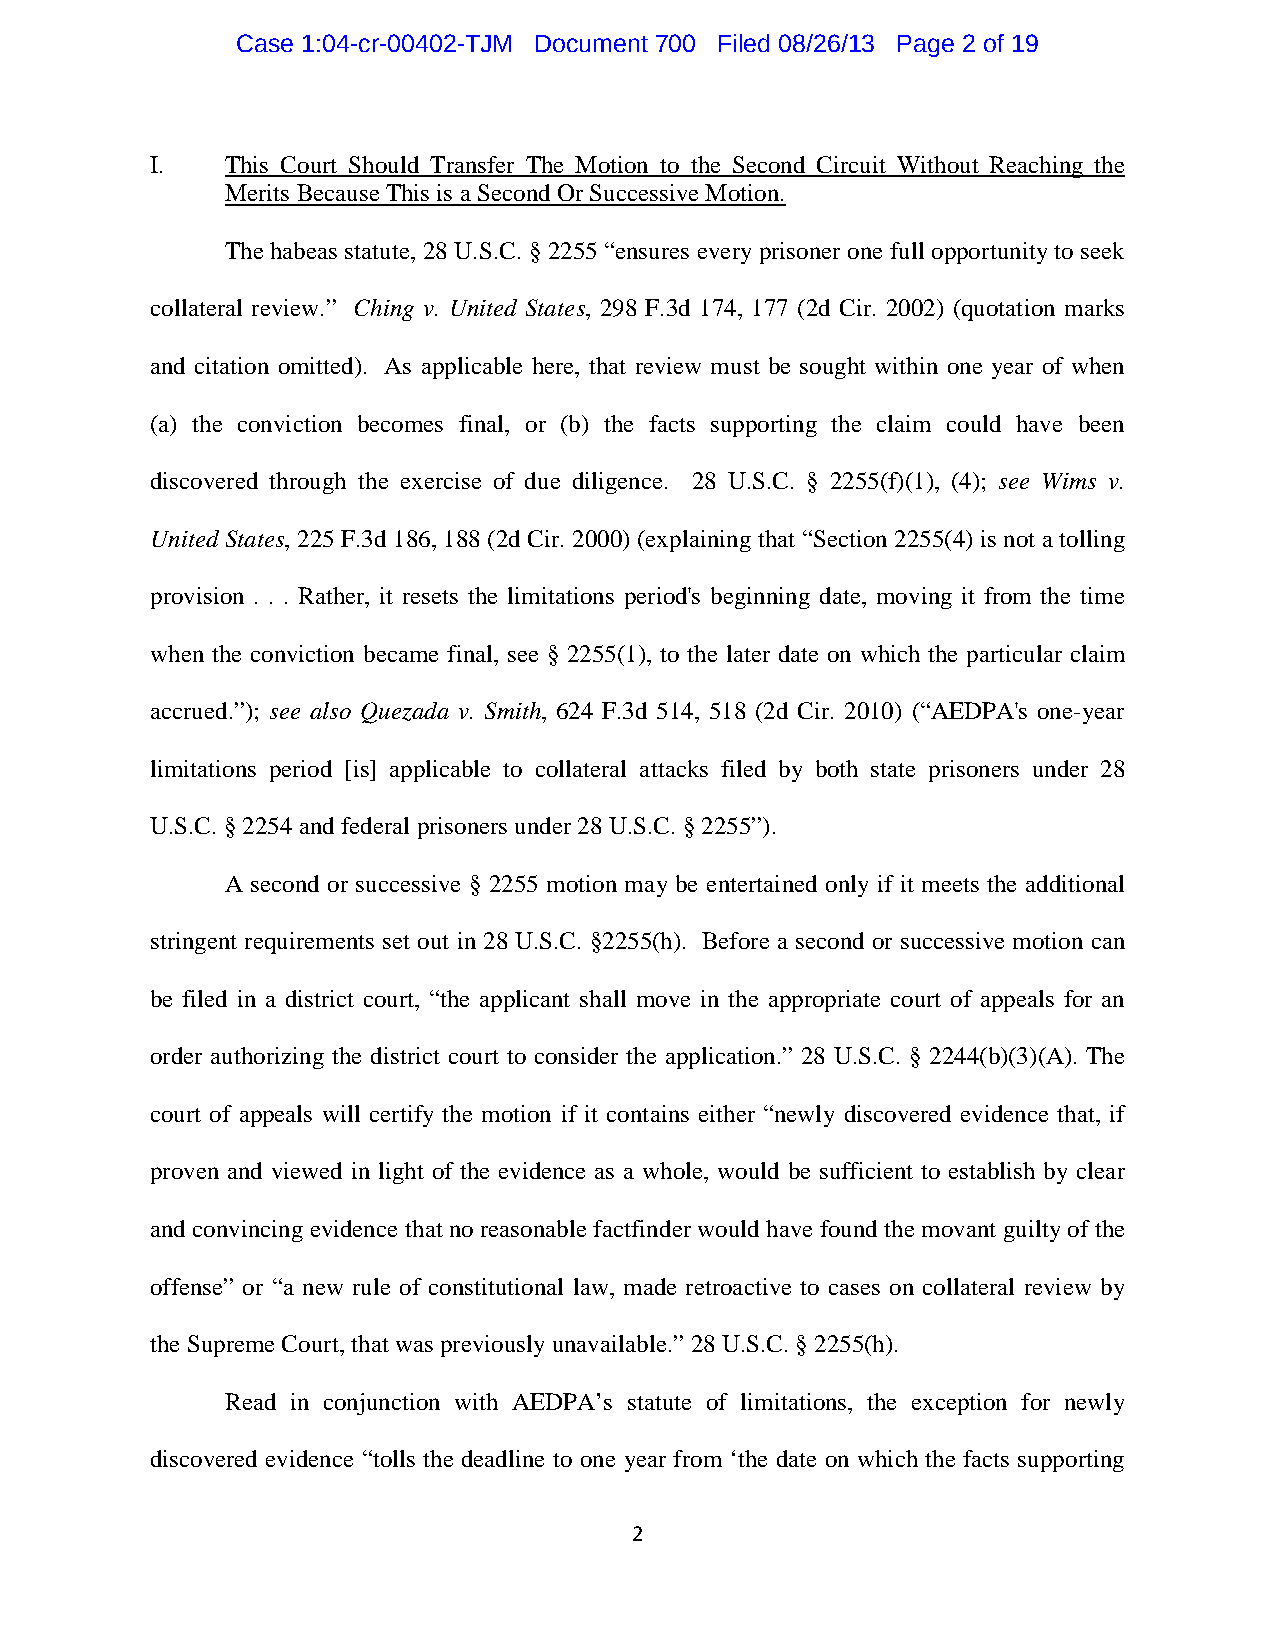
Case 1:04-cr-00402-TJM Document 700 Filed 08/26/13 Page 2 of 19
 I.   This Court Should Transfer The Motion to the Second Circuit Without Reaching the
 Merits Because This is a Second Or Successive Motion.
 The habeas statute, 28 U.S.C. § 2255 “ensures every prisoner one full opportunity to seek
 collateral review.” Ching v. United States, 298 F.3d 174, 177 (2d Cir. 2002) (quotation marks
 and citation omitted). As applicable here, that review must be sought within one year of when
 (a) the conviction becomes final, or (b) the facts supporting the claim could have been
 discovered through the exercise of due diligence. 28 U.S.C. § 2255(f)(1), (4); see Wims v.
 United States, 225 F.3d 186, 188 (2d Cir. 2000) (explaining that “Section 2255(4) is not a tolling
 provision . . . Rather, it resets the limitations period's beginning date, moving it from the time
 when the conviction became final, see § 2255(1), to the later date on which the particular claim
 accrued.”); see also Quezada v. Smith, 624 F.3d 514, 518 (2d Cir. 2010) (“AEDPA's one-year
 limitations period [is] applicable to collateral attacks filed by both state prisoners under 28
 U.S.C. § 2254 and federal prisoners under 28 U.S.C. § 2255”).
 A second or successive § 2255 motion may be entertained only if it meets the additional
 stringent requirements set out in 28 U.S.C. §2255(h). Before a second or successive motion can
 be filed in a district court, “the applicant shall move in the appropriate court of appeals for an
 order authorizing the district court to consider the application.” 28 U.S.C. § 2244(b)(3)(A). The
 court of appeals will certify the motion if it contains either “newly discovered evidence that, if
 proven and viewed in light of the evidence as a whole, would be sufficient to establish by clear
 and convincing evidence that no reasonable factfinder would have found the movant guilty of the
 offense” or “a new rule of constitutional law, made retroactive to cases on collateral review by
 the Supreme Court, that was previously unavailable.” 28 U.S.C. § 2255(h).
 Read in conjunction with AEDPA’s statute of limitations, the exception for newly
 discovered evidence “tolls the deadline to one year from ‘the date on which the facts supporting
 2